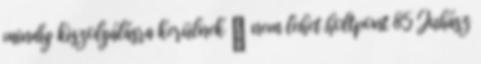
mindig kiszolgálásra kerülnek → nem lehet holtpont 85 Juhász